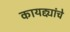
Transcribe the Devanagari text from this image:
कायद्द्यांचे